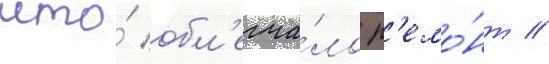
что́ обл'егча́ло р'емо́нт //